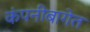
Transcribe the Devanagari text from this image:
कंपनीबागेत